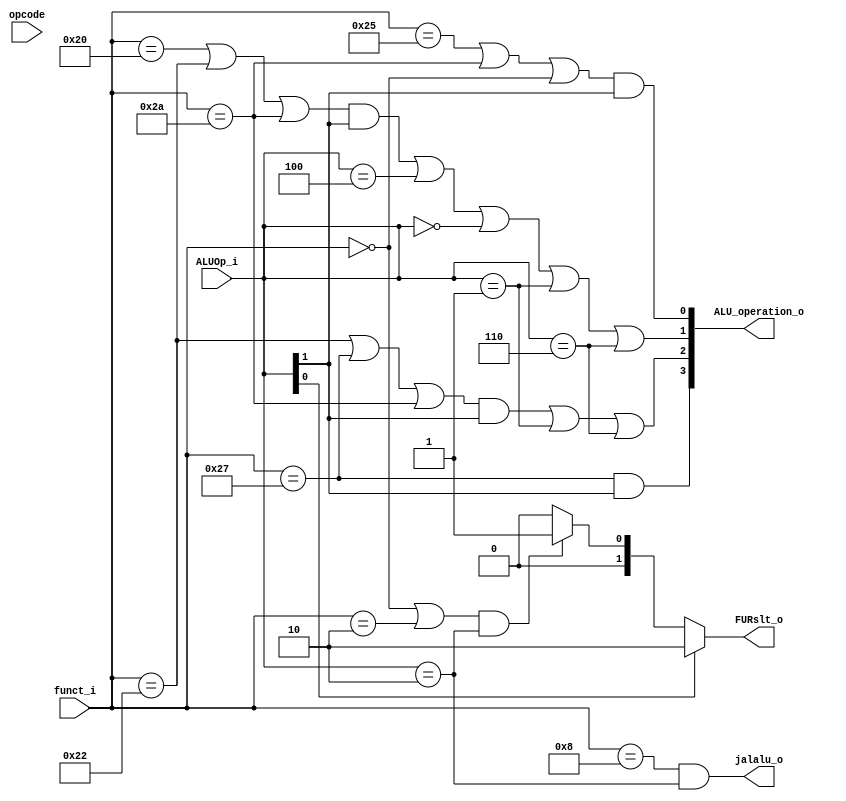
module ALU_Ctrl( funct_i, ALUOp_i, ALU_operation_o, FURslt_o ,jalalu_o,opcode);

//I/O ports 
input      [6-1:0] funct_i;
input      [3-1:0] ALUOp_i;
input      [5:0]opcode;

output     [4-1:0] ALU_operation_o;  
output     [2-1:0] FURslt_o;
output      jalalu_o;
     
//Internal Signals
wire		[4-1:0] ALU_operation_o;
wire		[2-1:0] FURslt_o;
wire bonous;
//Main function
/*your code here*/
assign bonous = (funct_i == 4 || funct_i == 6) &&  opcode == 0;
assign ALU_operation_o[0] = (funct_i == 37 || funct_i == 42 || funct_i == 0)&& ALUOp_i[1];
assign ALU_operation_o[1] = ((funct_i == 32|| funct_i == 34 || funct_i == 42 )&& ALUOp_i[1])|| ALUOp_i == 3'b100 || ALUOp_i == 3'b000|| ALUOp_i == 3'b001|| ALUOp_i == 3'b110;
assign ALU_operation_o[2] = (funct_i == 34 || funct_i == 39 || funct_i == 42)&& ALUOp_i[1] || ALUOp_i == 3'b001|| ALUOp_i == 3'b110;
assign ALU_operation_o[3] = funct_i == 39 && ALUOp_i[1];
assign FURslt_o = (ALUOp_i[0] == 1) ? 2 :(((funct_i == 0 || funct_i == 2) && ALUOp_i == 3'b010) ? 1:0);
assign jalalu_o = (funct_i == 8 && ALUOp_i == 3'b010);
endmodule